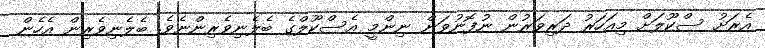
އެރަށު ސްކޫލަށް މިއަހަރު ދަރިވަރުން ނުފޮނުވަން ނިންމީ އެސްކޫލްގެ ބެލެނިވެރިންނެވެ. ބެލެނިވެރިން އެހެން